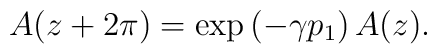
A(z+2\pi)=\exp\left(-\gamma p_1\right)A(z).